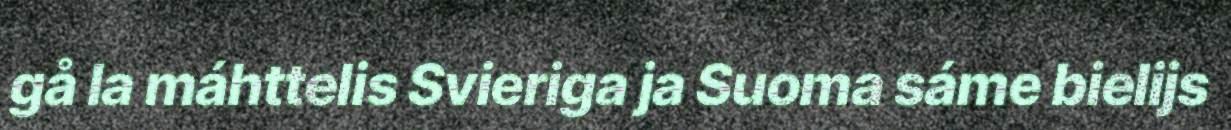
gå la máhttelis Svieriga ja Suoma sáme bielijs